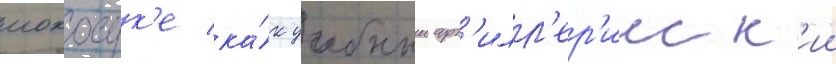
иокосук'е ка́к учебныи арт'илл'ер'ииск'ии